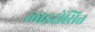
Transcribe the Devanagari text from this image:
लाइसेंसित